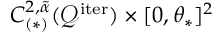
C _ { ( * ) } ^ { 2 , \tilde { \alpha } } ( \mathcal { Q } ^ { \mathrm { i t e r } } ) \times [ 0 , \theta _ { * } ] ^ { 2 }